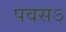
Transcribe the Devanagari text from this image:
पवसऽ